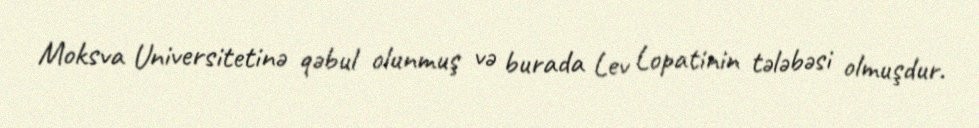
Moksva Universitetinə qəbul olunmuş və burada Lev Lopatinin tələbəsi olmuşdur.